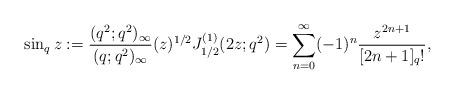
LaTeX: \begin{align*}\sin_q z &:=\frac{(q^2;q^2)_\infty}{(q;q^2)_\infty} (z)^{1/2} J^{(1)}_{1/2} (2 z;q^2) = \sum_{n=0}^{\infty} (-1)^n \frac{z^{2n+1}}{[2n+1]_q!},\end{align*}